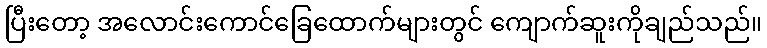
ပြီးတော့ အလောင်းကောင်ခြေထောက်များတွင် ကျောက်ဆူးကိုချည်သည်။